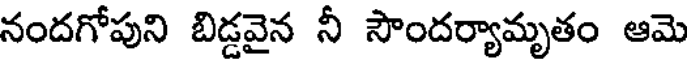
నందగోపుని బిడ్డవైన నీ సౌందర్యామృతం ఆమె